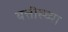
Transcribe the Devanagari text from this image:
बत्तीस्च्या